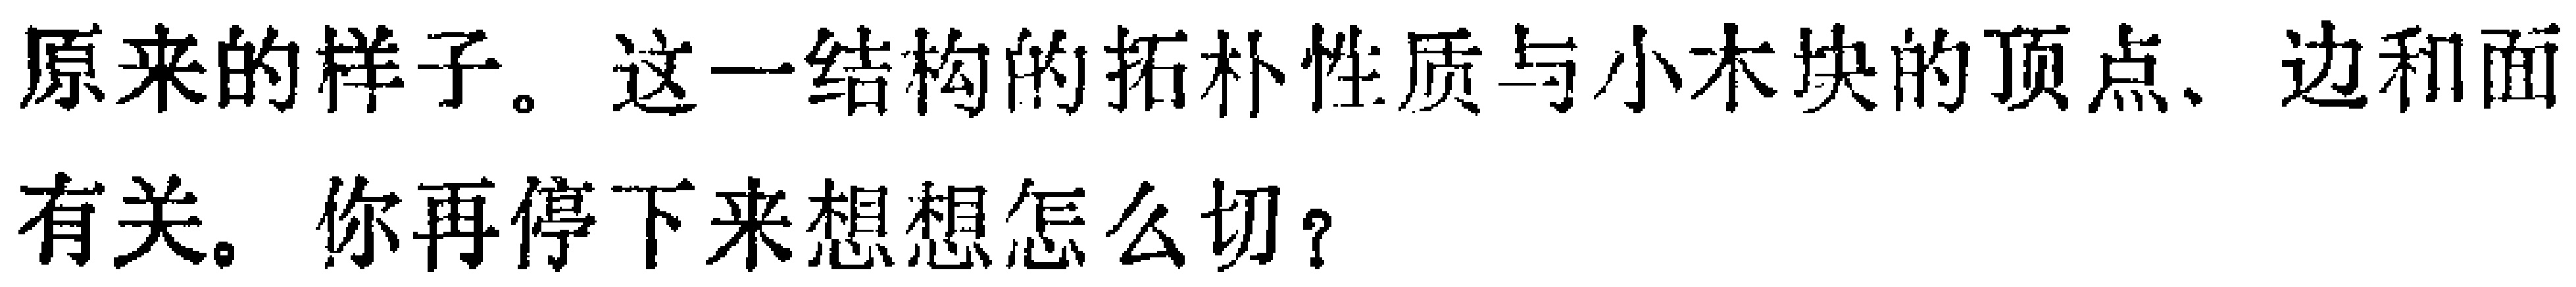
原来的样子。这一结构的拓扑性质与小木块的顶点、边和面有关。你再停下来想想怎么切？